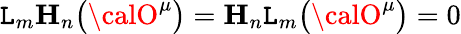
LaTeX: \mathtt{L}_{m}\mathbf{{H}}_{n}\bigl({\calO}^{\mu}\bigr)=\mathbf{{H}}_{n}\mathtt{L}_{m}\bigl({\calO}^{\mu}\bigr)=0